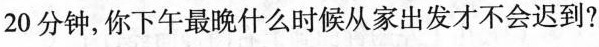
20分钟，你下午最晚什么时候从家出发才不会迟到?